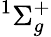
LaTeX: ^1\Sigma_{g}^{+}